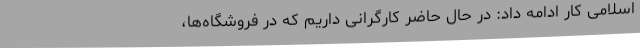
اسلامی کار ادامه داد: در حال حاضر کارگرانی داریم که در فروشگاه‌ها،